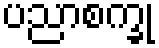
ပညာစက္ခု